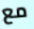
مع